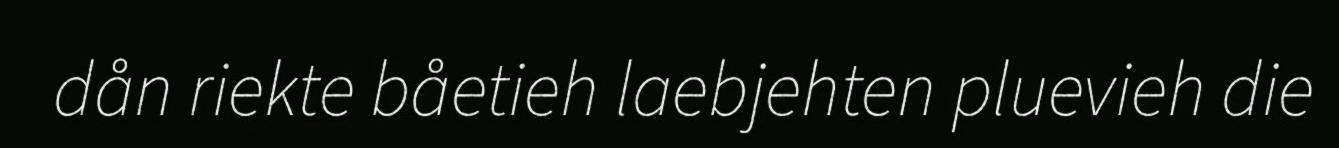
dån riekte båetieh laebjehten pluevieh die